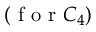
( \mathrm { ~ f ~ o ~ r ~ } C _ { 4 } )